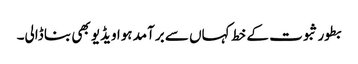
بطور ثبوت کے خط کہاں سے برآمد ہوا ویڈیو بھی بنا ڈالی۔